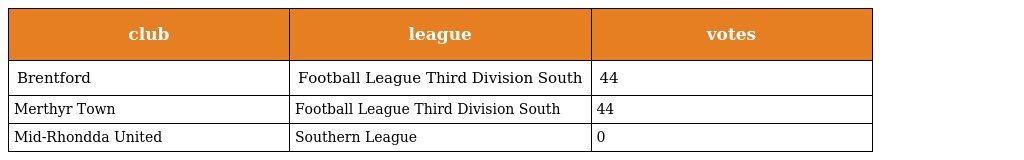
| club | league | votes |
 | --- | --- | --- |
 | Brentford | Football League Third Division South | 44 |
 | Merthyr Town | Football League Third Division South | 44 |
 | Mid-Rhondda United | Southern League | 0 |